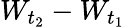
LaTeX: W_{t_{2}}-W_{t_{1}}